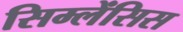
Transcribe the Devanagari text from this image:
सिम्लेंसिस